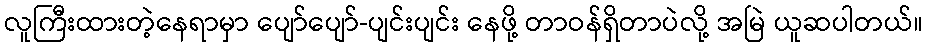
လူကြီးထားတဲ့နေရာမှာ ပျော်ပျော်-ပျင်းပျင်း နေဖို့ တာဝန်ရှိတာပဲလို့ အမြဲ ယူဆပါတယ်။